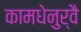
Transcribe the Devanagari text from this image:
कामधेनुर्वै